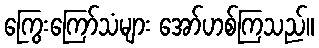
ကြွေးကြော်သံများ အော်ဟစ်ကြသည်။